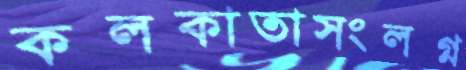
কলকাতাসংলগ্ন